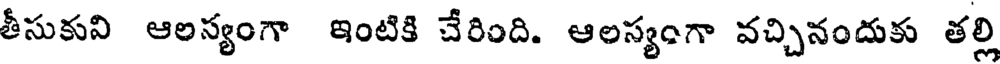
తీసుకుని ఆలస్యంగా ఇంటికి చేరింది. ఆలస్యంగా వచ్చినందుకు తల్లి